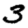
Digit: 3